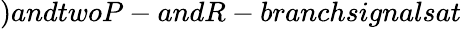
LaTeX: )andtwoP-andR-branchsignalsat